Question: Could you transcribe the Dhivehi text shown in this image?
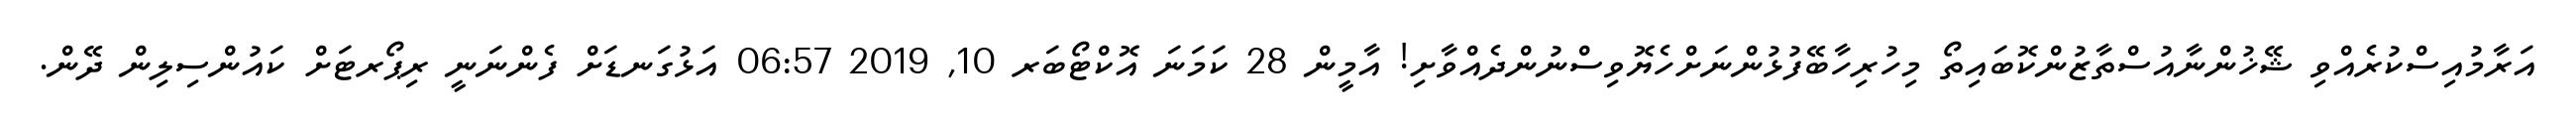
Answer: އަރާމުއިސްކުރެއްވި ޝޭޚުންނާއުސްތާޒުންކޮބައިތޯ މިހުރިހާބޭފުޅުންނަށްހެޔޮވިސްނުންދެއްވާށި! އާމީން 28 ކަމަނަ އޮކްޓޯބަރ 10, 2019 06:57 އަޅުގަނޑަށް ފެންނަނީ ރިޕޯރޓަށް ކައުންސިލިން ދޭން.